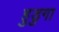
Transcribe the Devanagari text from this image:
हुडुगा